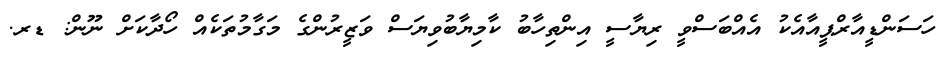
ހަސަންޑީއާރްޕީއާއެކު އެއްބަސްވީ ރިޔާސީ އިންތިހާބު ކާމިޔާބުވިޔަސް ވަޒީރުންގެ މަގާމުތަކެއް ހޯދާކަށް ނޫން: ޑރ.